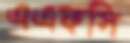
এএফসি